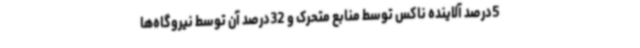
5‌درصد آلاینده ناکس توسط منابع متحرک و 32‌درصد آن توسط نیروگاه‌ها